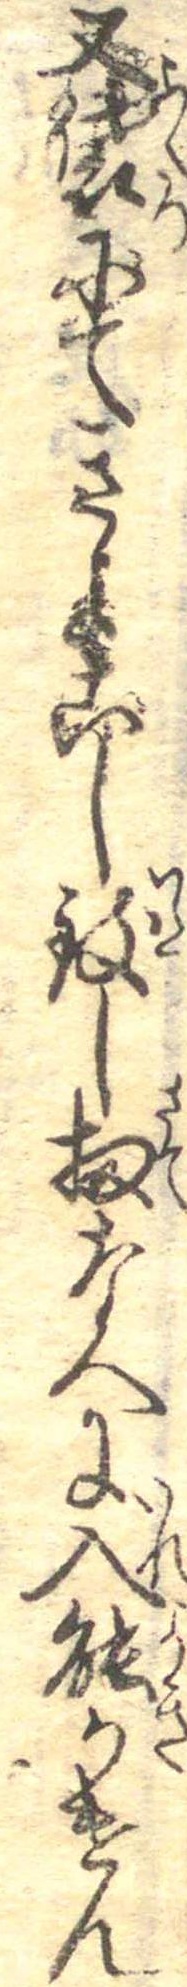
又袋にてきよこし致し扨なへに入能かけん